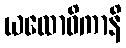
ယထောဓိကာနိ